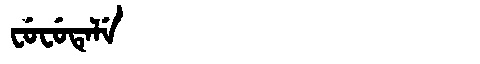
Manchu: ᠸᡠᠸᡠᡨᡝᠯᡝ
Romanization: FUFUTELE